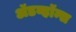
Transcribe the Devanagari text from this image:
ॲडव्हॉन्स